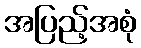
အပြည့်အစုံ